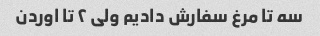
سه تا مرغ سفارش دادیم ولی ۲ تا اوردن